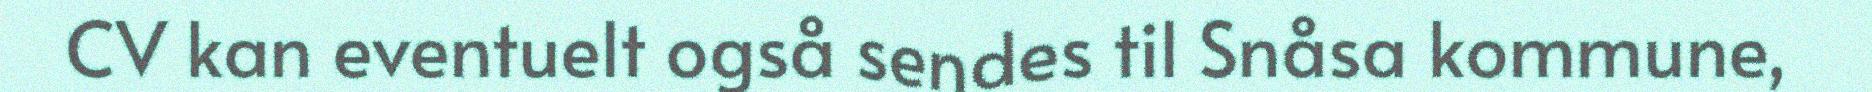
CV kan eventuelt også sendes til Snåsa kommune,